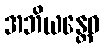
အဘိယန္တေဝ